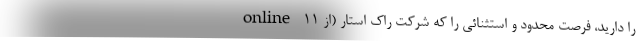
online را دارید، فرصت محدود و استثنائی را که شرکت راک استار (از 11